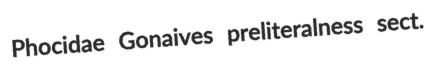
Phocidae Gonaives preliteralness sect.